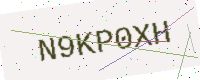
Text: N9KP0XH